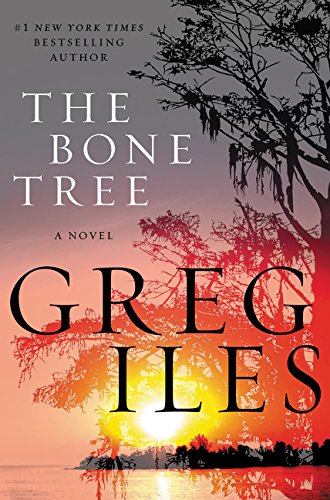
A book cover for The Bone Tree (Penn Cage); Greg Iles; Mystery, Thriller & Suspense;